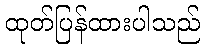
ထုတ်ပြန်ထားပါသည်